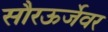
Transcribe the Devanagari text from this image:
सौरऊर्जेवर